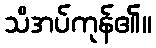
သိအပ်ကုန်၏။